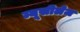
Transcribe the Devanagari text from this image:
म्यूसीलेज